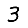
Digit: 3